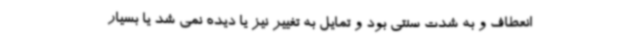
انعطاف و به شدت سنتی بود و تمایل به تغییر نیز یا دیده نمی شد یا بسیار